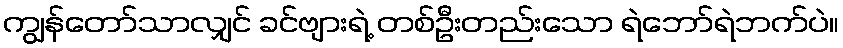
ကျွန်တော်သာလျှင် ခင်ဗျားရဲ့ တစ်ဦးတည်းသော ရဲဘော်ရဲဘက်ပဲ။